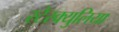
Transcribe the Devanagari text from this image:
स्टेरक्युलिया